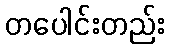
တပေါင်းတည်း